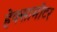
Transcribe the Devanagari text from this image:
हेक्सामीटर